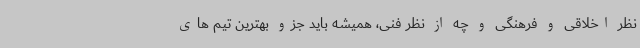
نظر اخلاقی و فرهنگی و چه از نظر فنی، همیشه باید جزو بهترین تیم های